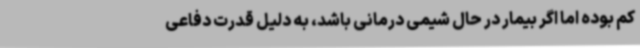
کم بوده اما اگر بیمار در حال شیمی درمانی باشد، به دلیل قدرت دفاعی